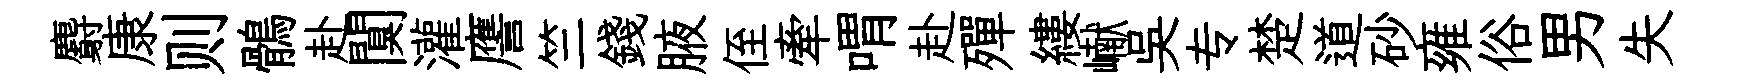
麝康则鶻赴闃灌譍竺錢腋侄牽喟赴殫縷𪩘吳专楚道砂雍俗男失